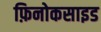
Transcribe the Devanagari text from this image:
फ़िनोकसाइड